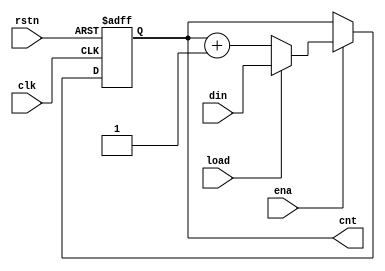
module counter #(parameter size = 8)(clk, rstn,ena,load,din,cnt);
    localparam size_addr = $clog2(size);
    input clk,rstn,ena,load;
    input [size_addr:0]din;
    output reg [size_addr:0]cnt;
    always @(posedge clk,negedge rstn)begin
        if(!rstn) cnt <= 32'd0;
        else if(!ena) 
         cnt <= cnt;
      
        else  if (load) cnt <= din;
            else cnt <= cnt +1;


    end
endmodule